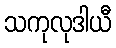
သကုလုဒါယီ